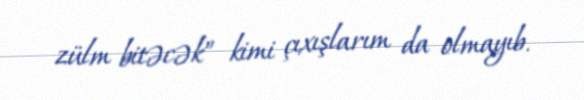
zülm bitəcək” kimi çıxışlarım da olmayıb.